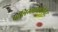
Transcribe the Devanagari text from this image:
पॉलिग्लायकोनेट